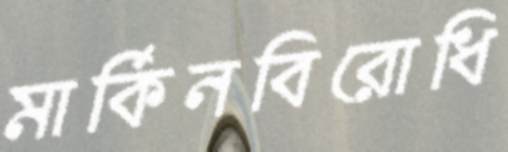
মার্কিনবিরোধি